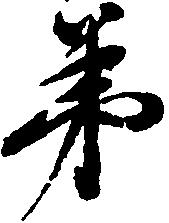
弟